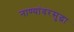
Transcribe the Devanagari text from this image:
नाण्यांवरसुद्धा